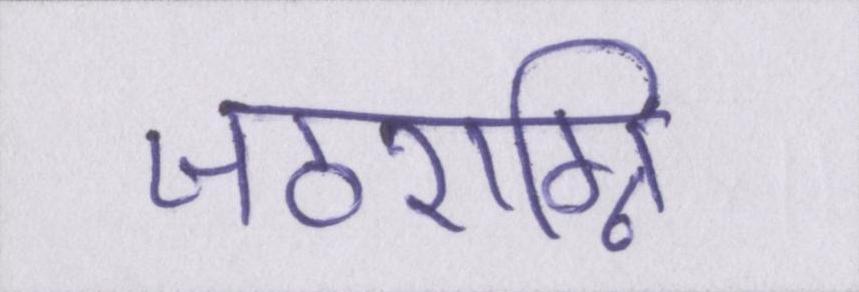
जठराग्नि